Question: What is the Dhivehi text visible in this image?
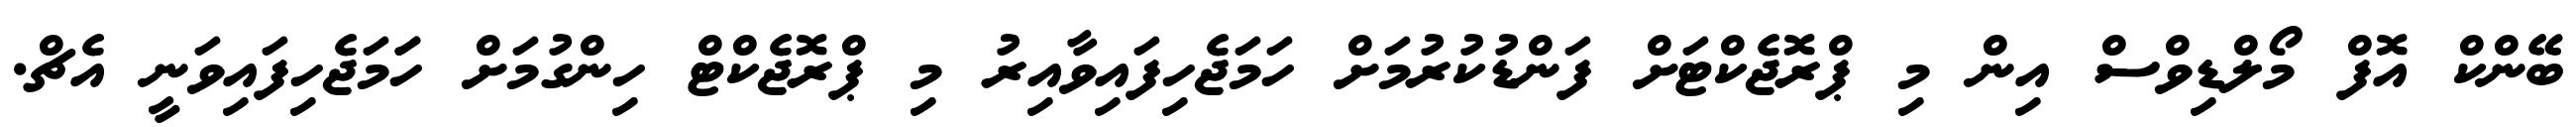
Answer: ބޭންކް އޮފް މޯލްޑިވްސް އިން މި ޕްރޮޖެކްޓަށް ފަންޑުކުރުމަށް ހަމަޖެހިފައިވާއިރު މި ޕްރޮޖެކްޓް ހިންގުމަށް ހަަމަޖެހިފައިވަނީ އެޗް.